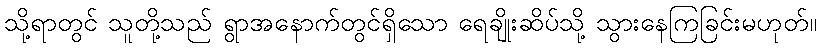
သို့ရာတွင် သူတို့သည် ရွာအနောက်တွင်ရှိသော ရေချိုးဆိပ်သို့ သွားနေကြခြင်းမဟုတ်။